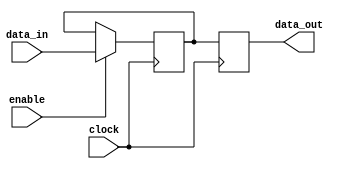
module sequential_logic_block(
    input wire data_in,
    input wire clock,
    input wire enable,
    output reg data_out
);

reg temp_data;

always @(posedge clock) begin
    if(enable) begin
        temp_data <= data_in;
    end
end

always @(posedge clock) begin
    data_out <= temp_data;
end

endmodule